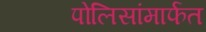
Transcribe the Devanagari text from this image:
पोलिसांमार्फत